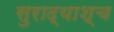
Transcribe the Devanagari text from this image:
सुराद्याश्च